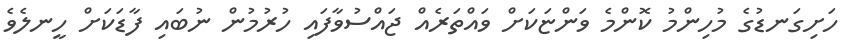
ހަށިގަނޑުގެ މުހިންމު ކޮންމެ ވަންޏަކަށް ވައްތަރެއް ޖައްސުވާފައި ހުރުމުން ނުބައި ފާޑަކަށް ހީނލެވެ